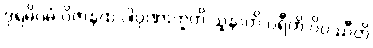
ဒုရဓိဂမံ ဝိဇာနထ ပါပုဏာတူတိ သူနာတိ ပရီတိ ဝိပဿီတိ